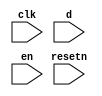
//copilot mean_prob: 0.5323618596799646
//This file was assembled by gen.py, written by redactedAuthorFirstname redactedAuthorLastname.
module jtag
(
    input clk,
    input resetn,
    input d,
    input en
);

reg lock_jtag_status;

//set lock_jtag high when d and en are high
//-copilot next line-
//copilot mean_prob: 0.5323618596799646


reg lock_jtag = 1;
always @(posedge clk) begin
    lock_jtag <= lock_jtag_status;
end



endmodule